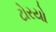
ટોરયો